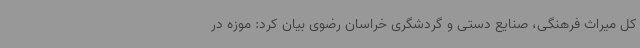
کل میراث فرهنگی، صنایع دستی و گردشگری خراسان رضوی بیان کرد: موزه در